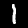
Digit: 1